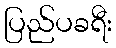
ပြည်ပခရီး